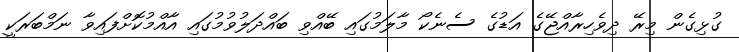
ގުޅިގެން މިރޭ ދިވެހިރާއްޖޭގެ އަޑުގެ ސެނެކޯ މާލަމުގައި ބޭއްވި ބައްދަލުވުމުގައި އާއްމުކޮށްފައިވާ ނަމްބަރަކީ